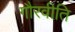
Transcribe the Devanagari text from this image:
गौरवीति